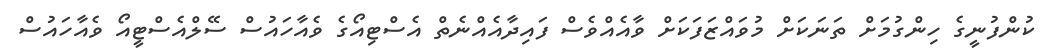
ކުންފުނީގެ ހިންގުމަށް ތަނަކަށް މުވައްޒަފަކަށް ވާއެއްވެސް ފައިދާއެއްނެތް އެސްޓިއޯގެ ވެއާހައުސް ސޭލްއެސްޓީއޯ ވެއާހައުސް